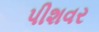
પીશવર